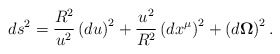
\begin{align*}ds^2=\frac{R^2}{u^2}\left( du\right) ^2+\frac{u^2}{R^2}\left( dx^\mu \right)^2+\left( d{\bf \Omega }\right) ^2.\end{align*}